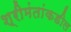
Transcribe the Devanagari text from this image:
श्रीमंतांकडील